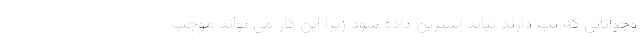
وجوانانی که تب دارند نباید آسپرین داده شود زیرا این کار می تواند موجب